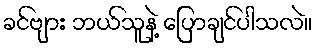
ခင်ဗျား ဘယ်သူနဲ့ ပြောချင်ပါသလဲ။